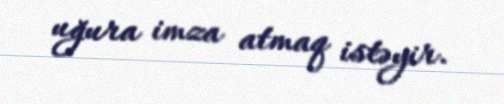
uğura imza atmaq istəyir.